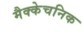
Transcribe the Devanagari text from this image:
मैक्केचनिक